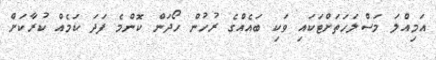
އަމިއްލަ މަސްލަހަތަށްޓަކައި ވަކި ބައެއްގެ ރުހުން ހޯދަން ކޮންމެ ފަދަ ކަމެއް ކުރާކަށް